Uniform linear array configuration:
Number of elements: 24
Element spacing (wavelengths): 1
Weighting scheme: exponential
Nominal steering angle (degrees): -15
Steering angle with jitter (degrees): -14.015
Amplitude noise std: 0.05
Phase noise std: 0.05

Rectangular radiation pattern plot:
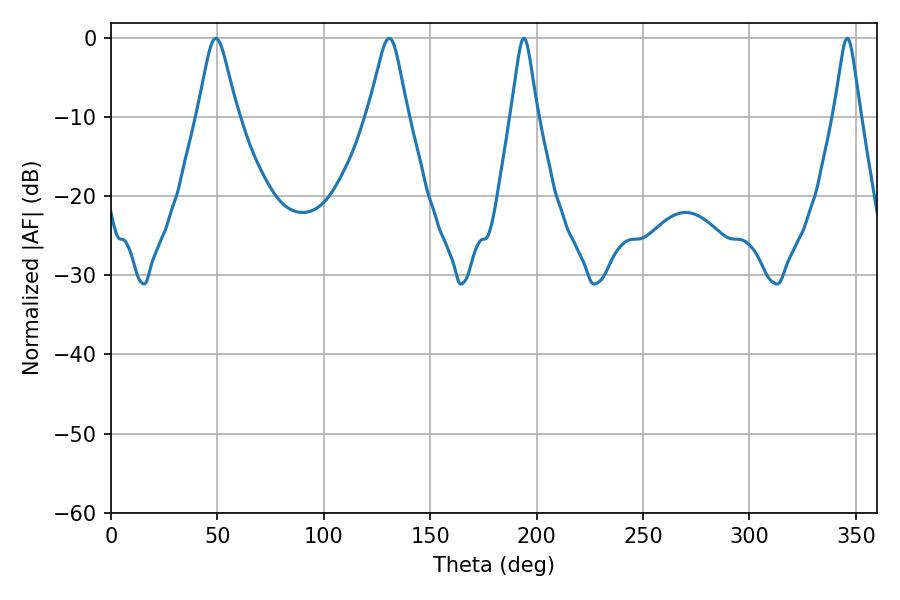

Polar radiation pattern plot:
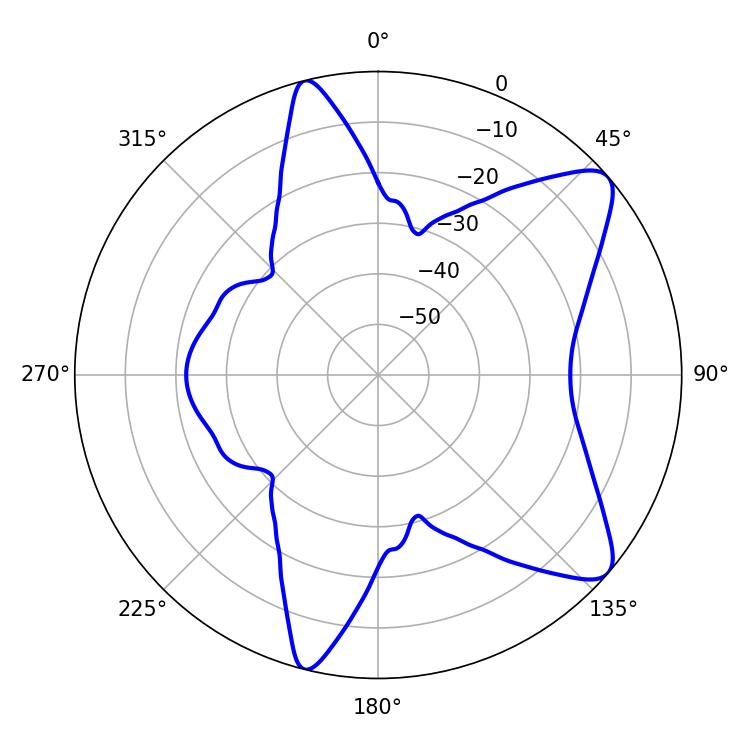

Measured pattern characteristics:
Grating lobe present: TRUE
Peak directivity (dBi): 9.352
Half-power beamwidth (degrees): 5.76
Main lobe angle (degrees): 194.04